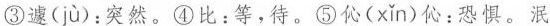
③遽( ju )：突然。④比：等，待。⑤伈( xǐn )伈：恐惧。泯